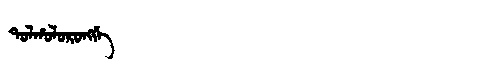
Manchu: ᡨᠣᠯᡥᠣᠯᠣᡵᠣᠩᡤᡝ
Romanization: TOLHOLORONGGE